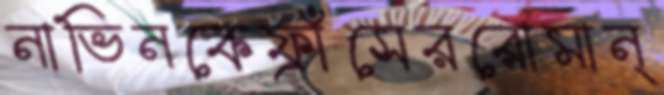
নাভিনকেফ্রাঁসেররোমান্